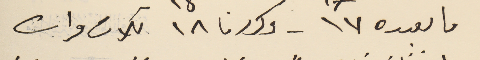
ما بعده ١٧ 17 - وكررنا ١٨ 18 تلات مرات